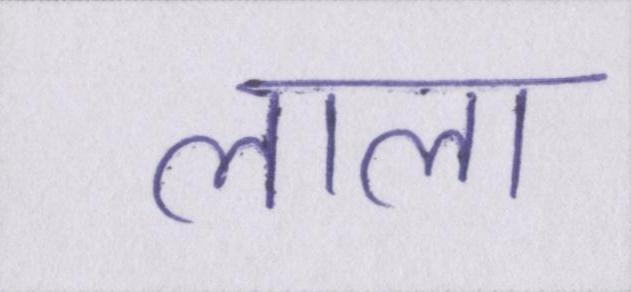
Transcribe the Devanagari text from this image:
लाला